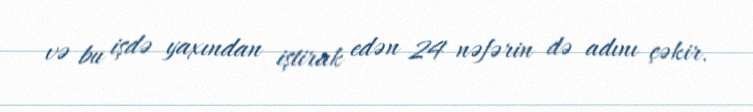
və bu işdə yaxından iştirak edən 24 nəfərin də adını çəkir.